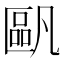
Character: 𠥷